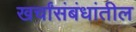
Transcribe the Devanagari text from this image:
खर्चांसंबंधांतील